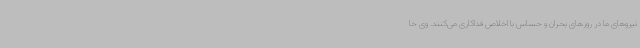
نیروهای ما در روزهای بحران و حساس با اخلاص فداکاری می‌کنند. وی خا